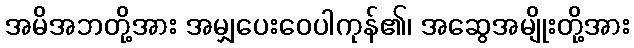
အမိအဘတို့အား အမျှပေးဝေပါကုန်၏၊ အဆွေအမျိုးတို့အား